King Institute of Preventive Medicine Micro-Biological Section reports 1912-19
Year: 1912
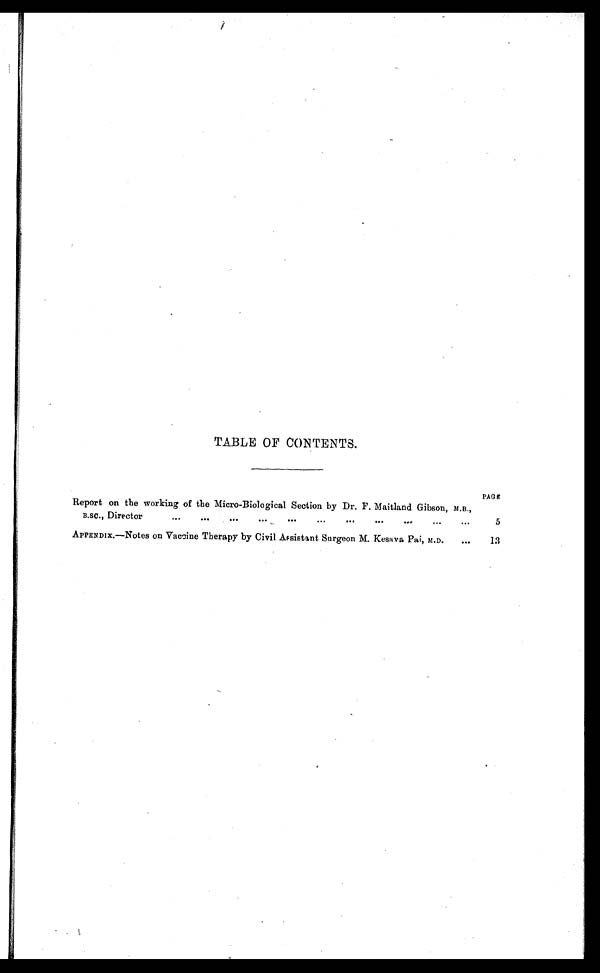
TABLE OF CONTENTS.
PAGE
Report on the working of the Micro-Biological Section by Dr. F. Maitland Gibson, M.B.,
B.sc., Director
•••
•••
•••
...
•••
•O•
•••
e • •
• ••
5
APPENDIX.—Notes on Vaccine Therapy by Civil Assistant Surgeon M.Kesava Pai, M.D.
•••
13